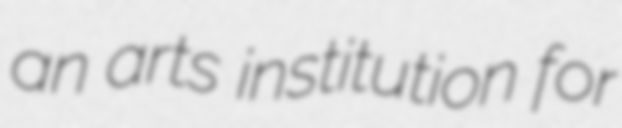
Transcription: an arts institution for